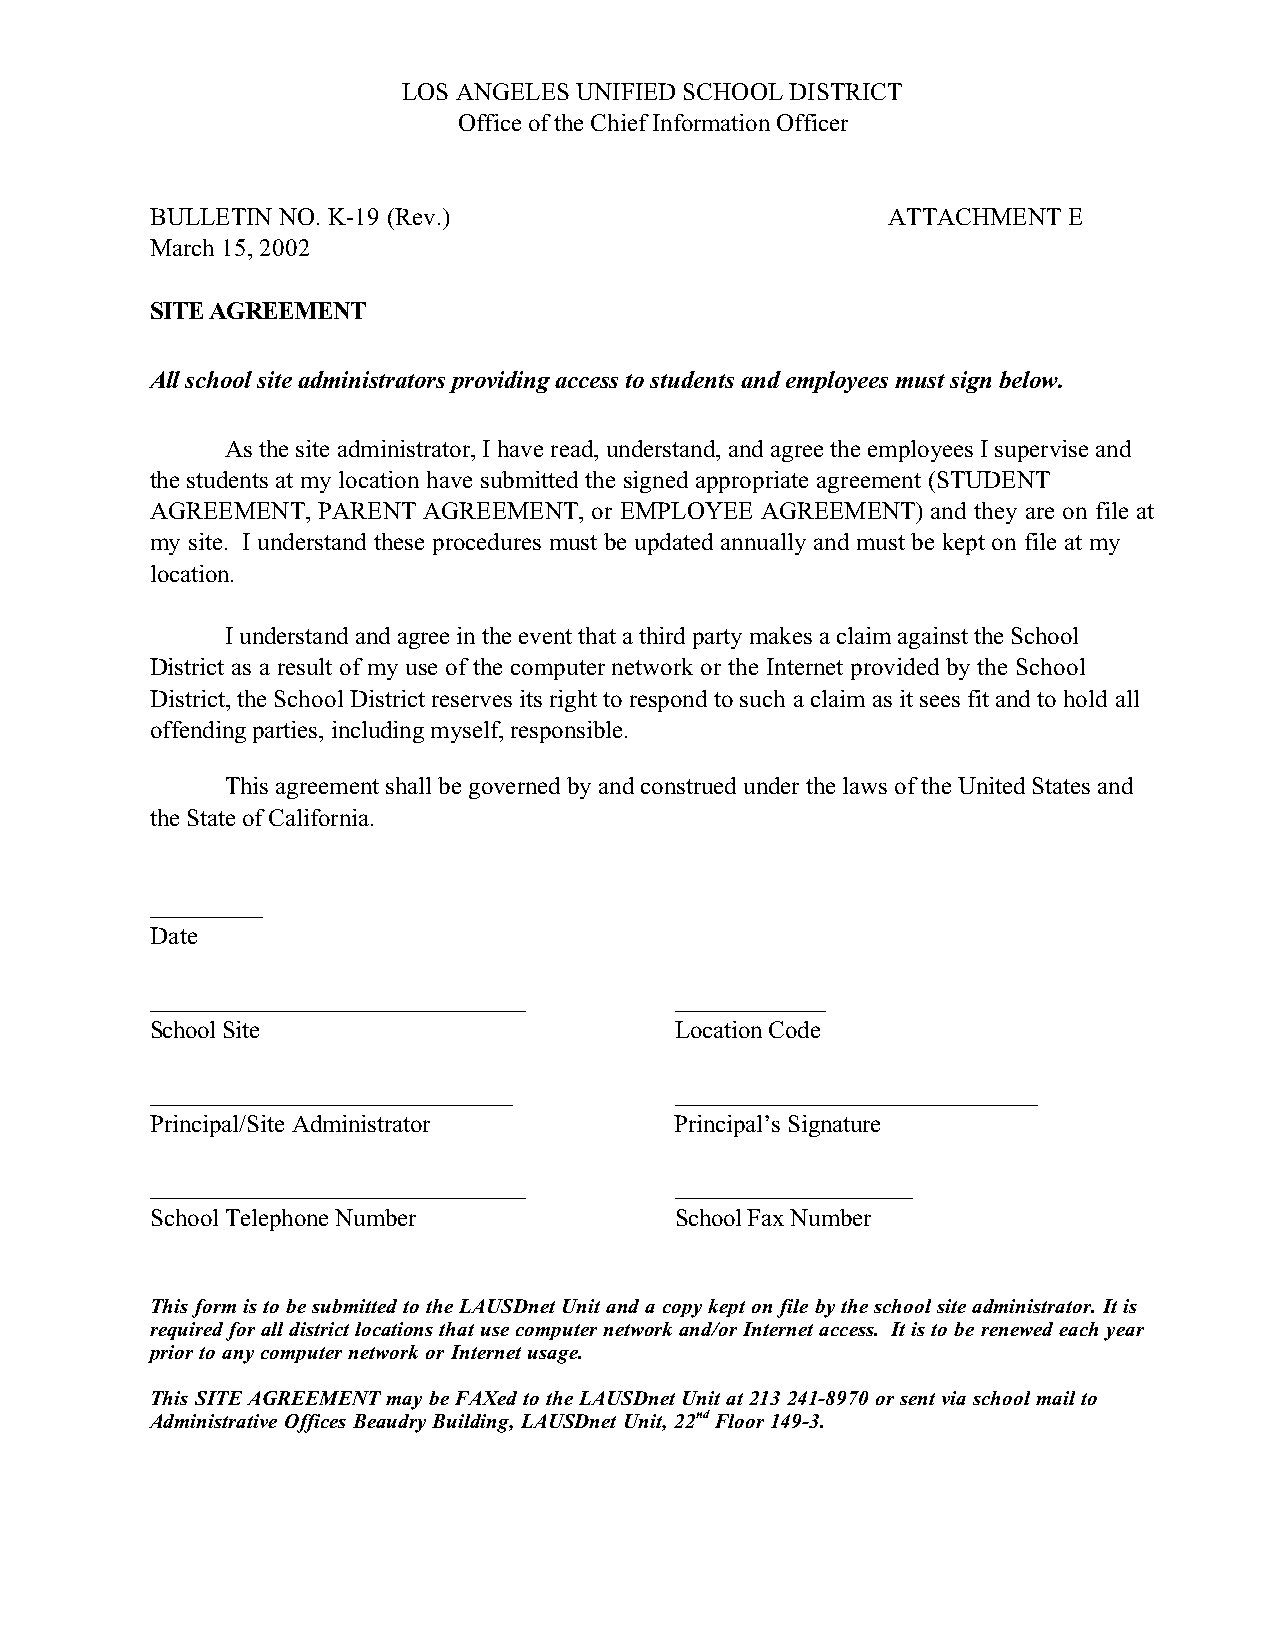
LOS ANGELES UNIFIED SCHOOL DISTRICT
 Office of the Chief Information Officer
 BULLETIN NO. K-19 (Rev.)                         ATTACHMENT  E
 March 15, 2002
 SITE AGREEMENT
 All school site administrators providing access to students and employees must sign below.
 As the site administrator, I have read, understand, and agree the employees I supervise and
 the students at my location have submitted the signed appropriate agreement (STUDENT
 AGREEMENT, PARENT AGREEMENT, or EMPLOYEE AGREEMENT) and they are on file at
 my site. I understand these procedures must be updated annually and must be kept on file at my
 location.
 I understand and agree in the event that a third party makes a claim against the School
 District as a result of my use of the computer network or the Internet provided by the School
 District, the School District reserves its right to respond to such a claim as it sees fit and to hold all
 offending parties, including myself, responsible.
 This agreement shall be governed by and construed under the laws of the United States and
 the State of California.
 _________
 Date
 ______________________________     ____________
 School Site                        Location Code
 _____________________________      _____________________________
 Principal/Site Administrator       Principal’s Signature
 ______________________________     ___________________
 School Telephone Number            School Fax Number
 This form is to be submitted to the LAUSDnet Unit and a copy kept on file by the school site administrator. It is
 required for all district locations that use computer network and/or Internet access. It is to be renewed each year
 prior to any computer network or Internet usage.
 This SITE AGREEMENT may be FAXed to the LAUSDnet Unit at 213 241-8970 or sent via school mail to
 Administrative Offices Beaudry Building, LAUSDnet Unit, 22nd Floor 149-3.